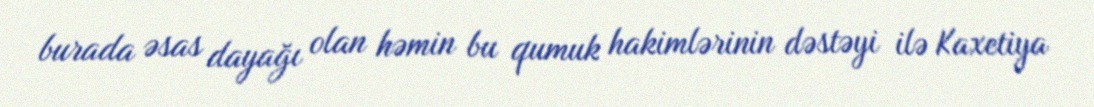
burada əsas dayağı olan həmin bu qumuk hakimlərinin dəstəyi ilə Kaxetiya